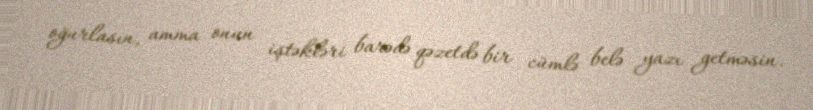
oğurlasın, amma onun iştəkləri barədə qəzetdə bir cümlə belə yazı getməsin.